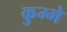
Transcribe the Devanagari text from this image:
कुम्भे